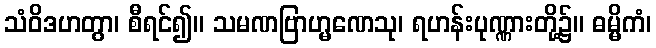
သံဝိဒဟတွာ၊ စီရင်၍။ သမဏဗြာဟ္မဏေသု၊ ရဟန်းပုဏ္ဏားတို့၌။ ဓမ္မိကံ၊